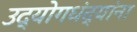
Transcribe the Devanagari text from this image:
उद्योगधंद्यांना